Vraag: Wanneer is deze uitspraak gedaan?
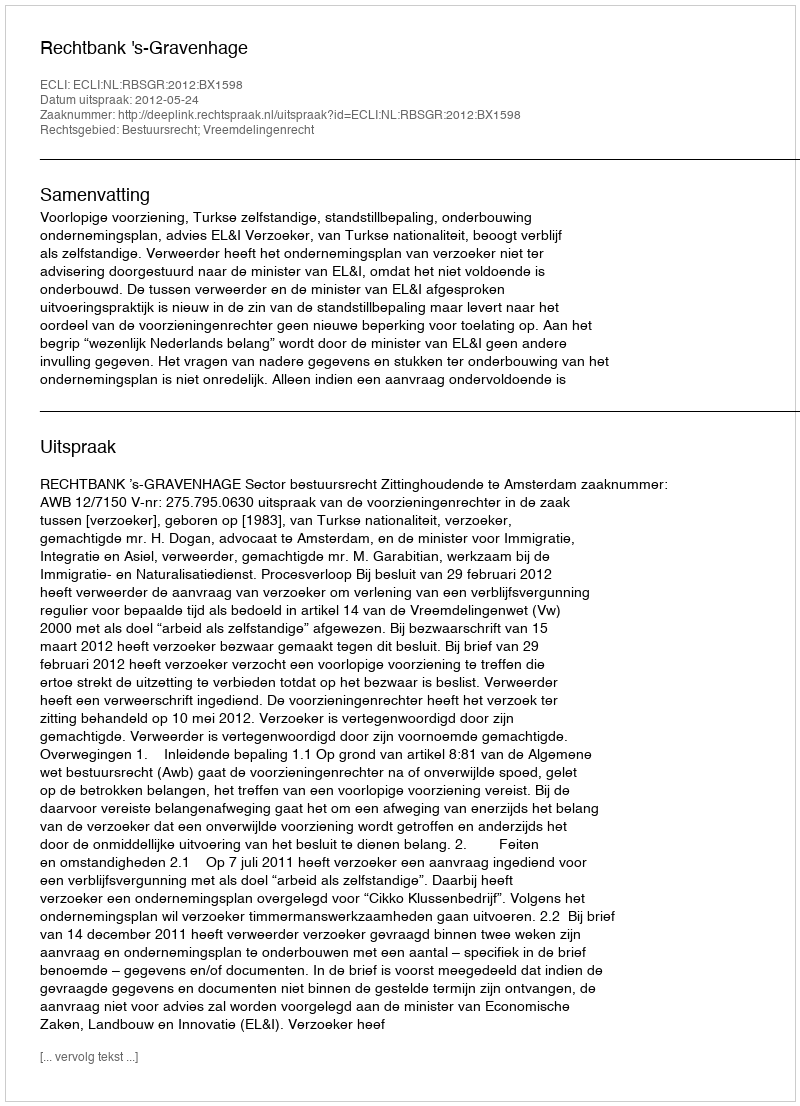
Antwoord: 2012-05-24